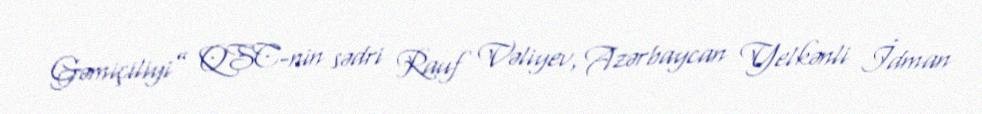
Gəmiçiliyi” QSC-nin sədri Rauf Vəliyev, Azərbaycan Yelkənli İdman